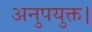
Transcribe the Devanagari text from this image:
अनुपयुक्त।